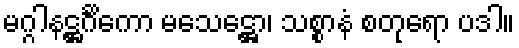
မဂ္ဂါနဋ္ဌင်္ဂိကော မသေဋ္ဌော၊ သစ္စာနံ စတုရော ပဒါ။